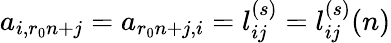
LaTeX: a_{i,r_{0}n+j}=a_{r_{0}n+j,i}=l_{ij}^{(s)}=l_{ij}^{(s)}(n)